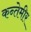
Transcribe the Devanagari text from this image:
कन्तेमीर